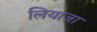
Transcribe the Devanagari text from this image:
लियाजा